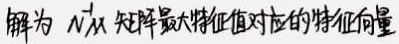
解为 \(N^{\dagger}\)，从矩阵最大特征值对应的特征向量。